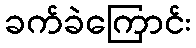
ခက်ခဲကြောင်း